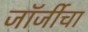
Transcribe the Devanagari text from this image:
जॉर्जीचा